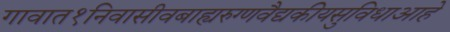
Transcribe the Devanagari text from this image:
गावात१निवासीवबाह्यरुग्णवैद्यकीयसुविधाआहे